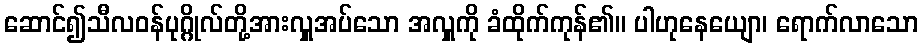
ဆောင်၍သီလဝန်ပုဂ္ဂိုလ်တို့အားလှူအပ်သော အလှူကို ခံထိုက်ကုန်၏။ ပါဟုနေယျော၊ ရောက်လာသော